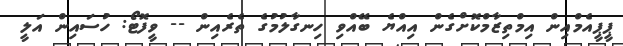
ޕީޕީއެމްއިން އިމްތިޒާމްކޮށްގެން އިއްޔެ ބޭއްވި ހިނގާލުމުގެ ތެރެއިން -- ވީފޮޓޯ: ހުސައިން އަލީ